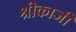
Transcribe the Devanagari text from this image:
श्रीकाजी